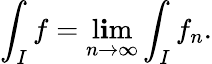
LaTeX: \int_{I}f=\operatorname*{l\mathbf{i}m}_{n\to\infty}\int_{I}f_{n}.